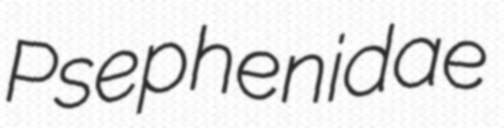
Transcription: Psephenidae